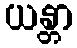
ယန္တာ